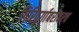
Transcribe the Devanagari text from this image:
गिरिदुर्गाबरोबरच